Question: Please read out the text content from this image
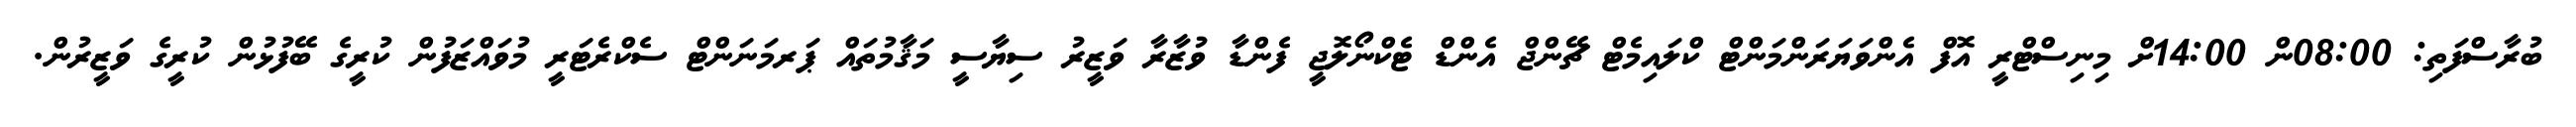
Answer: ބުރާސްފަތި: 08:00ން 14:00ށް މިނިސްޓްރީ އޮފް އެންވަޔަރަންމަންޓް ކްލައިމެޓް ޗޭންޖް އެންޑް ޓެކްނޯލޮޖީ ފެންޑާ ވުޒާރާ ވަޒީރު ސިޔާސީ މަޤާމުތައް ޕަރމަނަންޓް ސެކްރެޓަރީ މުވައްޒަފުން ކުރީގެ ބޭފުޅުން ކުރީގެ ވަޒީރުން.